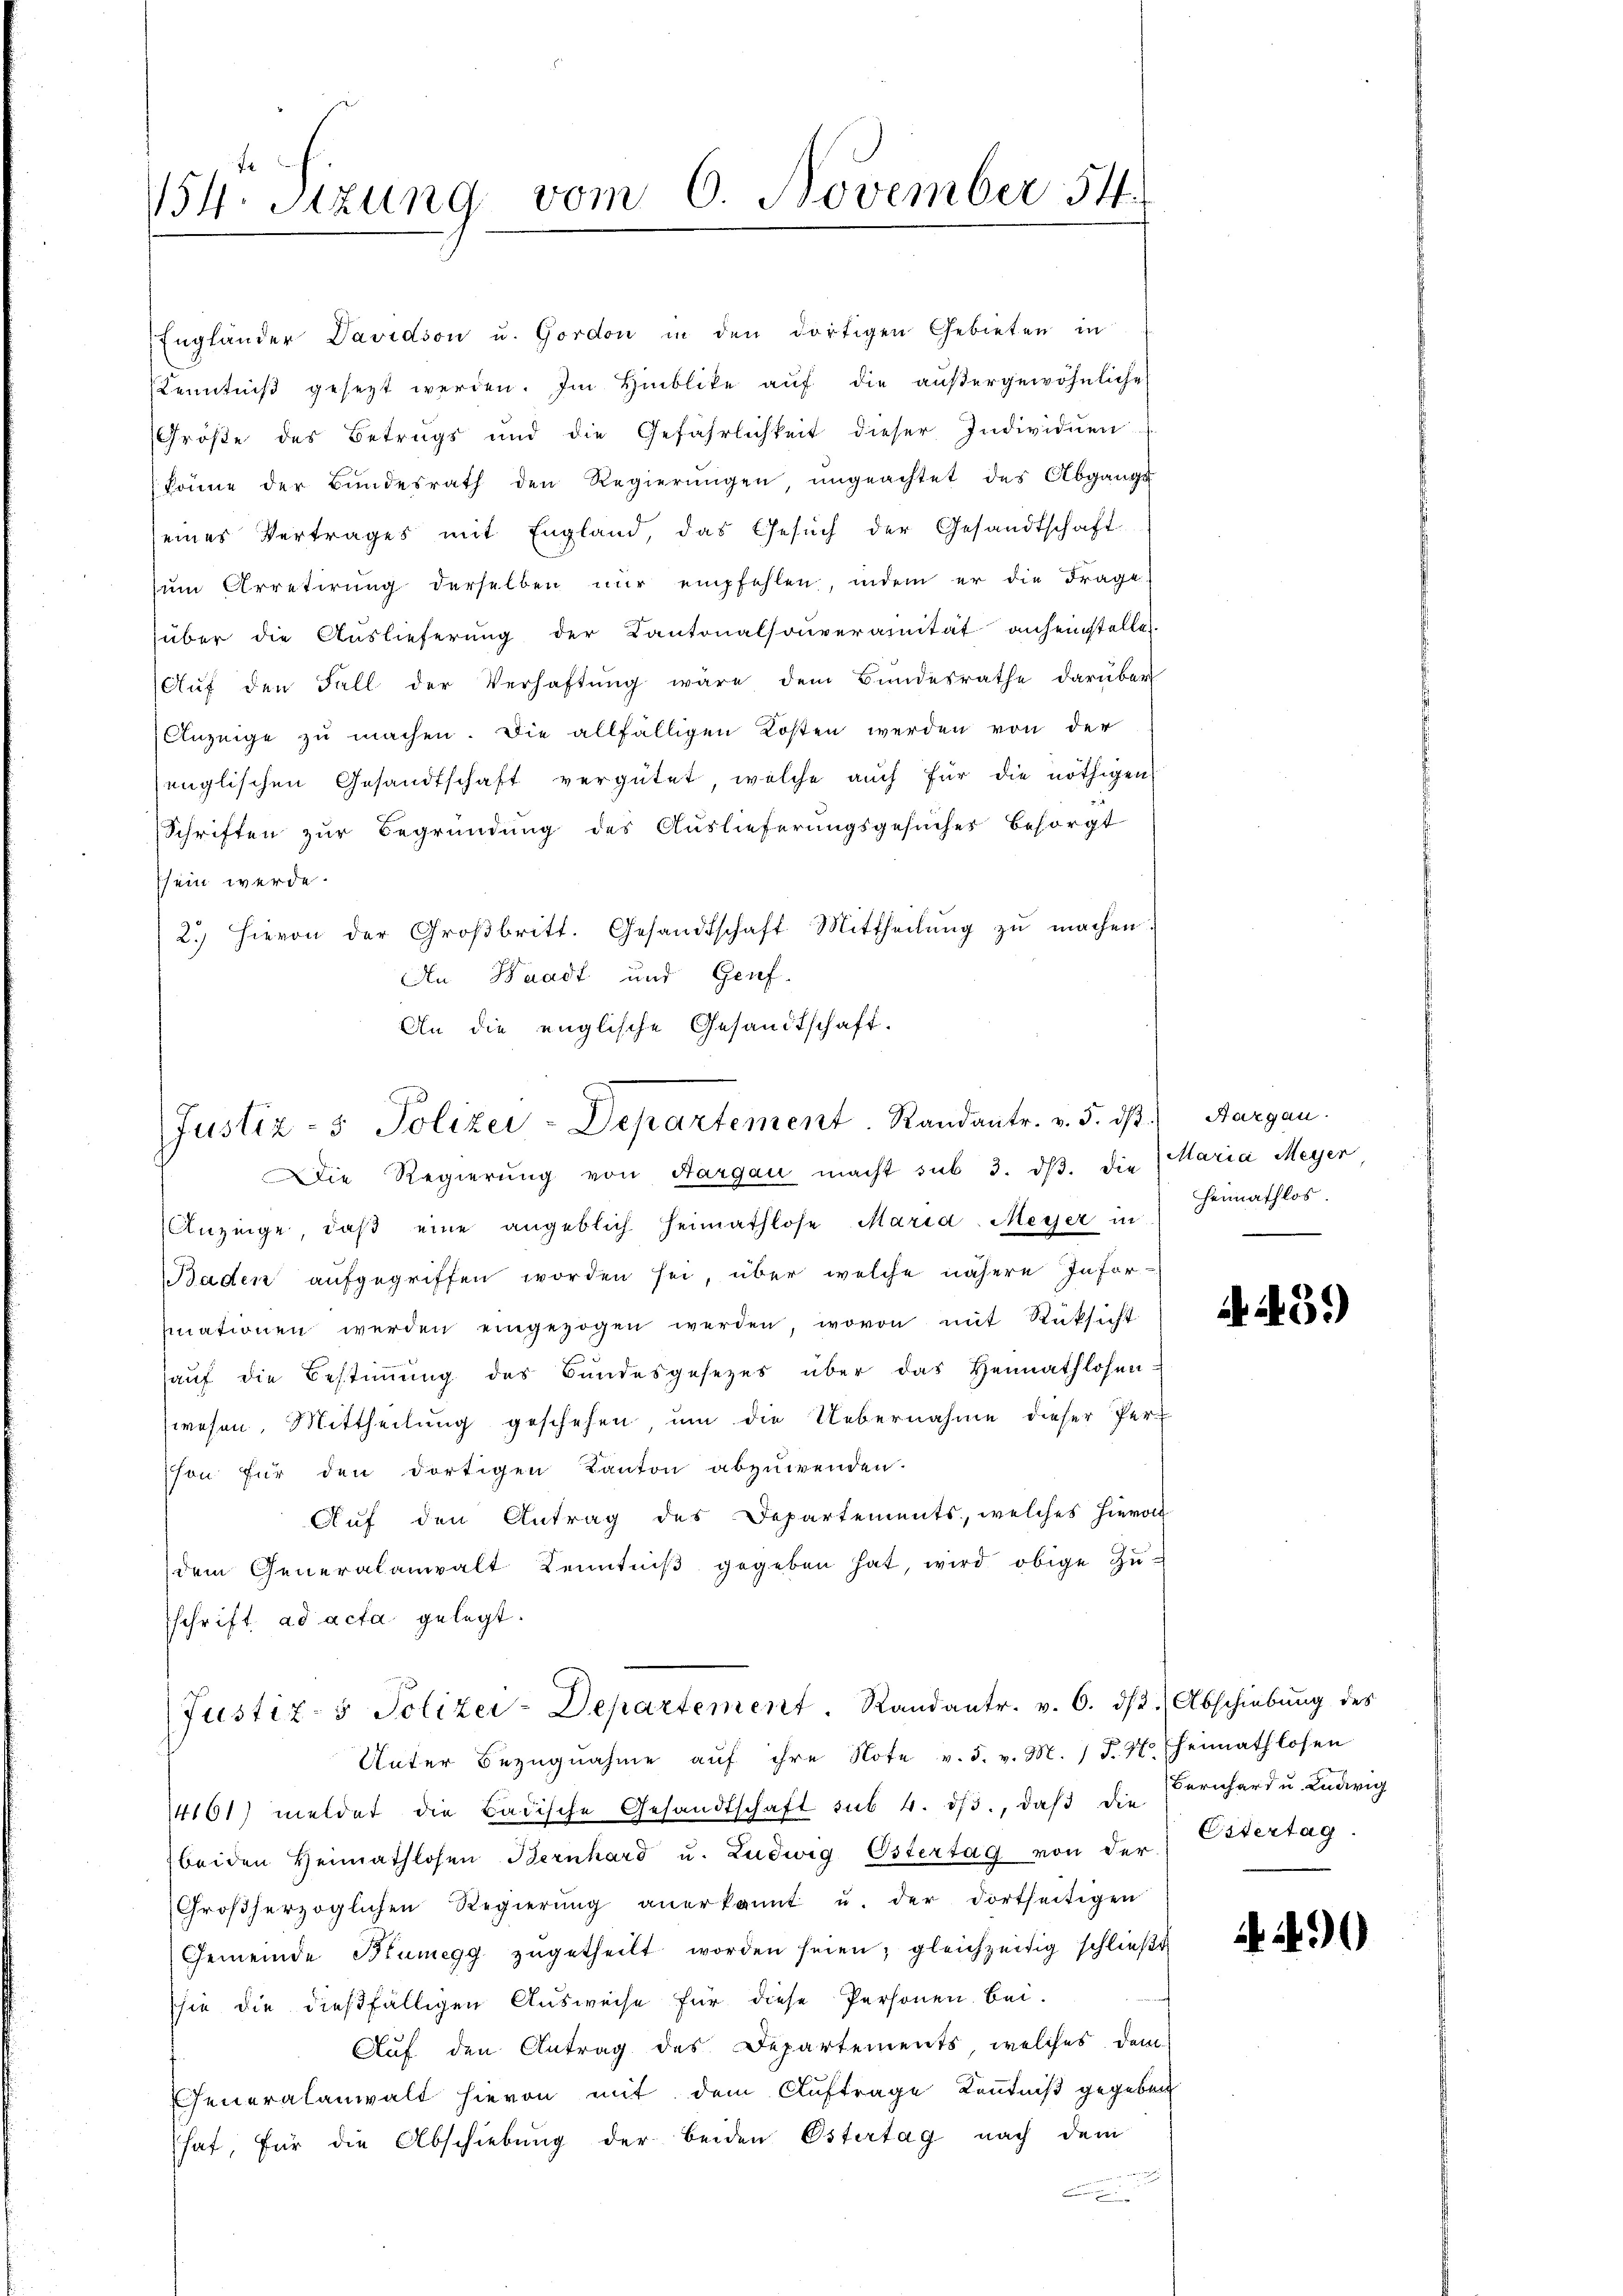
154. Sizung vom 6. November 54.

Englander Davidson u. Gordon in den dortigen Gebieten in
Kenntniβ gesezt werden. Im Hinblike aŭf die aŭβergewöhnliche
Größe des Betrugs und die Gefährlichkeit dieser Individuen
könne der Bŭndesrath den Regierŭngen ŭngeachtet des Abgange
seines Vertrages mit England, das Gesuch der Gesandtschaft
ŭm Arretirung derselben nŭr empfehlen, indem er die Frage
über die Aŭslieferŭng der Kantonalsoŭveranität anheinstelle
Aŭf den Fall der Verhaftung wäre dem Bundesrathe darüber
Anzeige zu machen. Die allfälligen Kosten werden von der
englischen Gesandtschaft vergütet, welche auch für die nöthigen
Schriften zur Begründung des Auslieferungsgesuches besorgt
ssein werde.
2.) Hievon der Groβbritt. Gesandtschaft Mittheilŭng zŭ machen.
An Waadt und Genf
An die englische Gesandtschaft.

Justiz- & Polizei-Departement. Randantr. v. 5. d.

Justiz- & Polizei-Departement Randantr. v. 6. dβ Abschiebung des

Die Regierung von Aargau macht sub 3. dβ. die Maria Meyer
Anzeige, daß eine angeblich heimathlose Maria-Meyer in
Baden aufgegriffen worden sei, über welche nähere Infor-
mationen werden eingezogen werden, wovon mit Rücksicht
haŭf die Bestimmung des Bundesgesetzes über das Heimathlosen-
wesen. Mittheilung geschehen, um die Uebernahme dieser Person für den dortigen Kanton abzuwenden.
Auf den Antrag des Departements, welches hievon
dem Generalanwalt Kenntniβ gegeben hat, wird obige Zŭ-
sschrift ad acta gelegt.

B. Aargau.
Heimathlos
e

Unter Bezugnahme aŭf ihre Note v. 5. v. M. (T. 47 heimathlosen
14161) meldet die Badische Gesandtschaft sub. 4. dβ, daβ die Bernhard u. Ludwig
beiden Heimathlosen Bernhard u. Ludwig Östertag von der
Großherzoglichen Regierŭng anerkannt u. der dortseitigen
Gemeinde Brunegg zugetheilt worden seien; gleichzeitig schließt
shie die dießfälligen Ausweise für diese Personen bei.
Auf den Antrag des Departements, welches dem
Generalanwalt hievon mit dem Auftrage Kenntniß gegeben
hat, für die Abschiebung der beiden Östertag nach dem

4439)

Estertag

490